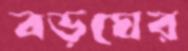
বড়ঘের